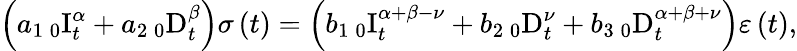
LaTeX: \left(a_{1}\, _{0}\mathrm{I}_{t}^{\alpha}+a_{2}\, _{0}\mathrm{D}_{t}^{\beta}\right)\sigma\left(t\right)=\left(b_{1}\, _{0}\mathrm{I}_{t}^{\alpha+\beta-\nu}+b_{2}\, _{0}\mathrm{D}_{t}^{\nu}+b_{3}\, _{0}\mathrm{D}_{t}^{\alpha+\beta+\nu}\right)\varepsilon\left(t\right),